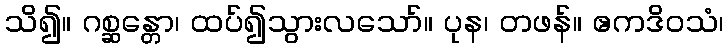
သိ၍။ ဂစ္ဆန္တော၊ ထပ်၍သွားလသော်။ ပုန၊ တဖန်။ ဧကဒိဝသံ၊